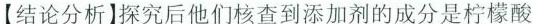
【结论分析】探究后他们核查到添加剂的成分是柠檬酸